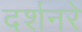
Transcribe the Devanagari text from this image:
दर्शनरे